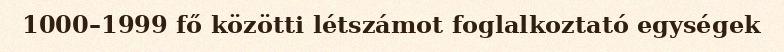
1000–1999 fő közötti létszámot foglalkoztató egységek